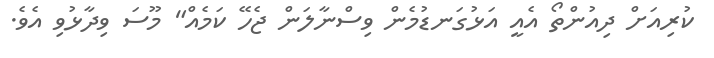
ކުރިއަށް ދިއުންތޯ އެއީ އަޅުގަނޑުމެން ވިސްނާލަން ޖެހޭ ކަމެއް" މޫސަ ވިދާޅުވި އެވެ.